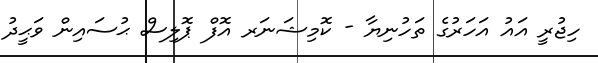
ހިޖުރީ އައު އަހަރުގެ ތަހުނިޔާ - ކޮމިޝަނަރ އޮފް ޕޮލިސް ޙުސައިން ވަޙީދު